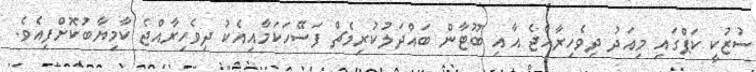
ސުޒުކީ ކަޕްގައި މިއަދު ދިވެހިރާއްޖެ އާއި ބޫޓާން ބައްދަލުކުރިމެޗް ފަސޭހަކަމާއިއެކު ދިވެހިރާއްޖެ ކާމިޔާބުކޮށްފިއެވެ.